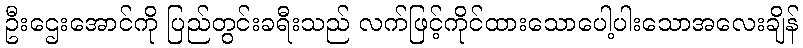
ဦးဌေးအောင်ကို ပြည်တွင်းခရီးသည် လက်ဖြင့်ကိုင်ထားသောပေါ့ပါးသောအလေးချိန်